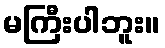
မကြီးပါဘူး။